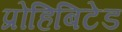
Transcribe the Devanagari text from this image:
प्रोहिबिटेड